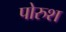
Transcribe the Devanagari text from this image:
पोरुश